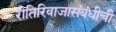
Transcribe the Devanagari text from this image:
रीतिरिवाजासंबंधीची